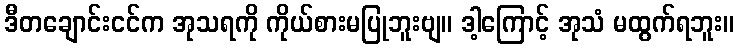
ဒီတချောင်းငင်က အုသရကို ကိုယ်စားမပြုဘူးဗျ။ ဒါ့ကြောင့် အုသံ မထွက်ရဘူး။